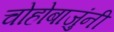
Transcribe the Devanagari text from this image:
चोहोबाजुंनी